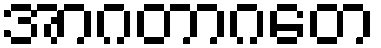
အာဂတာဂတေ